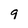
Character: 9